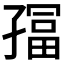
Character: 𫲮